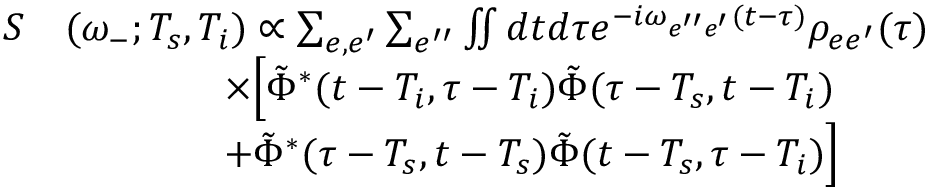
\begin{array} { r l } { S } & { ( \omega _ { - } ; T _ { s } , T _ { i } ) \propto \sum _ { e , e ^ { \prime } } \sum _ { e ^ { \prime \prime } } \iint d t d \tau e ^ { - i \omega _ { e ^ { \prime \prime } e ^ { \prime } } ( t - \tau ) } \rho _ { e e ^ { \prime } } ( \tau ) } \\ & { \qquad \qquad \times \Big [ \tilde { \Phi } ^ { * } ( t - T _ { i } , \tau - T _ { i } ) \tilde { \Phi } ( \tau - T _ { s } , t - T _ { i } ) } \\ & { \qquad \qquad + \tilde { \Phi } ^ { * } ( \tau - T _ { s } , t - T _ { s } ) \tilde { \Phi } ( t - T _ { s } , \tau - T _ { i } ) \Big ] } \end{array}